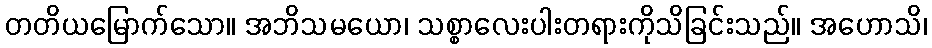
တတိယမြောက်သော။ အဘိသမယော၊ သစ္စာလေးပါးတရားကိုသိခြင်းသည်။ အဟောသိ၊